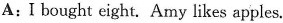
A:I bought eight. Amy likes apples.